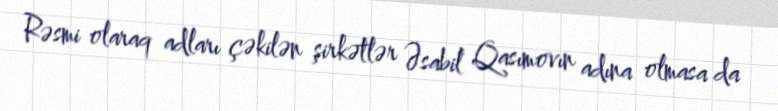
Rəsmi olaraq adları çəkilən şirkətlər Əsabil Qasımovın adına olmasa da